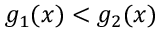
g _ { 1 } ( x ) < g _ { 2 } ( x )